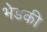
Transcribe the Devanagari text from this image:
भेडकी